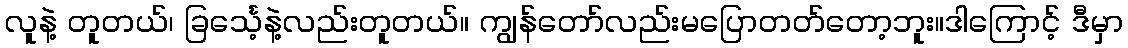
လူနဲ့ တူတယ်၊ ခြင်္သေ့နဲ့လည်းတူတယ်။ ကျွန်တော်လည်းမပြောတတ်တော့ဘူး။ဒါကြောင့် ဒီမှာ